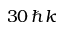
3 0 \, \hbar k